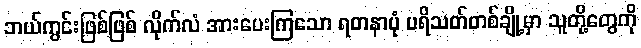
ဘယ်ကွင်းဖြစ်ဖြစ် လိုက်လံ အားပေးကြသော ရတနာပုံ ပရိသတ်တစ်ချို့မှာ သူတို့တွေကို